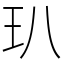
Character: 玐